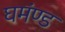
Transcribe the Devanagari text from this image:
घमंण्ड